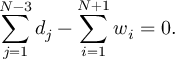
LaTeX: \sum _ { j = 1 } ^ { N - 3 } d _ { j } - \sum _ { i = 1 } ^ { N + 1 } w _ { i } = 0 .